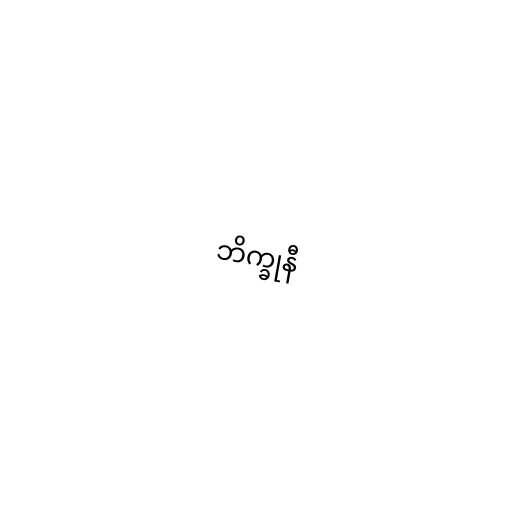
ဘိက္ခုနီ